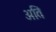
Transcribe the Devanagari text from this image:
अति